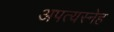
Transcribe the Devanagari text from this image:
अपत्यस्नेह